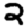
Digit: 2